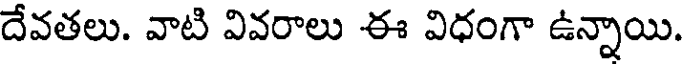
దేవతలు. వాటి వివరాలు ఈ విధంగా ఉన్నాయి.